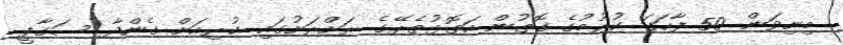
މިނިވަން 50 ފާހަގަ ކުރުމުގެ ގޮތުން އަތޮޅުތެރޭގެ ރަށްރަށުގައި ކުރިއަށް ގެންދާ ސަގާފީ